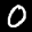
Label: 0